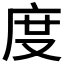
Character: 度